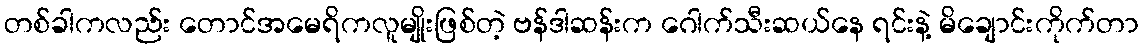
တစ်ခါကလည်း တောင်အမေရိကလူမျိုးဖြစ်တဲ့ ဗန်ဒါဆန်းက ဂေါက်သီးဆယ်နေ ရင်းနဲ့ မိချောင်းကိုက်တာ